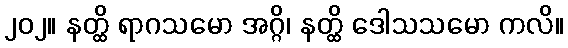
၂၀၂။ နတ္ထိ ရာဂသမော အဂ္ဂိ၊ နတ္ထိ ဒေါသသမော ကလိ။